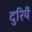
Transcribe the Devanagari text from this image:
दुरियँ